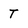
Character: T